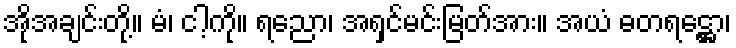
အိုအချင်းတို့။ မံ၊ ငါ့ကို။ ရညော၊ အရှင်မင်းမြတ်အား။ အယံ ဓတရဋ္ဌော၊